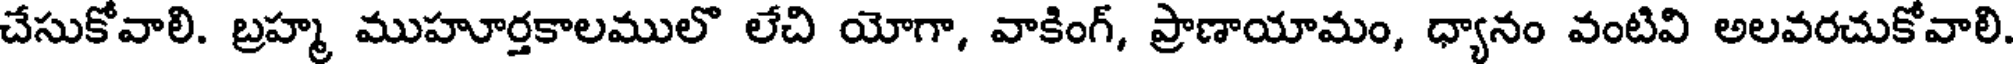
చేసుకోవాలి. బ్రహ్మ ముహూర్తకాలములొ లేచి యోగా, వాకింగ్, ప్రాణాయామం, ధ్యానం వంటివి అలవరచుకోవాలి.